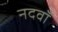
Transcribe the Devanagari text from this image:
नदवाँ